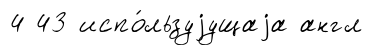
4 43 испо́льзуjущаjа англ